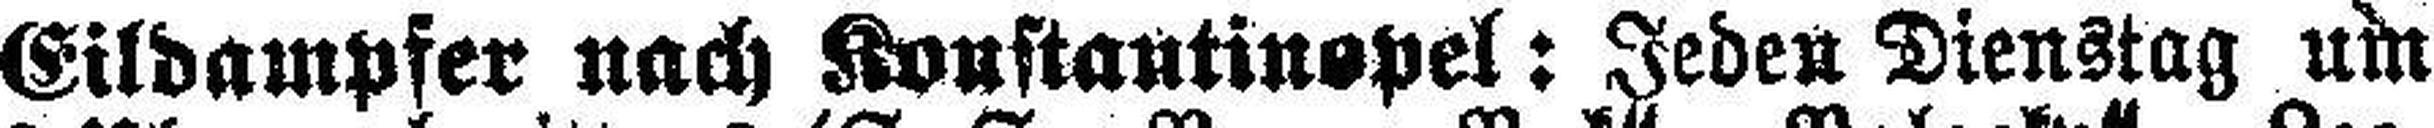
Eildampfer nach Konstantinopel: Jeden Dienstag um